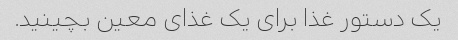
یک دستور غذا برای یک غذای معین بچینید.